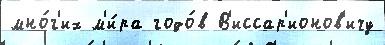
мно́г'их м'и́ра годо́в В'иссар'ионов'ичу